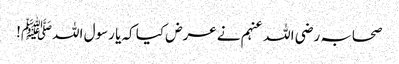
صحابہ رضی اللہ عنہم نے عرض کیا کہ یا رسول اللہﷺ!